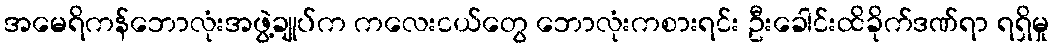
အမေရိကန်ဘောလုံးအဖွဲ့ချုပ်က ကလေးငယ်တွေ ဘောလုံးကစားရင်း ဦးခေါင်းထိခိုက်ဒဏ်ရာ ရရှိမှု